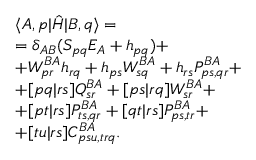
\begin{array} { r l } & { \langle A , p | \hat { H } | B , q \rangle = } \\ & { = \delta _ { A B } ( S _ { p q } E _ { A } + h _ { p q } ) + } \\ & { + W _ { p r } ^ { B A } h _ { r q } + h _ { p s } W _ { s q } ^ { B A } + h _ { r s } P _ { p s , q r } ^ { B A } + } \\ & { + [ p q | r s ] Q _ { s r } ^ { B A } + [ p s | r q ] W _ { s r } ^ { B A } + } \\ & { + [ p t | r s ] P _ { t s , q r } ^ { B A } + [ q t | r s ] P _ { p s , t r } ^ { B A } + } \\ & { + [ t u | r s ] C _ { p s u , t r q } ^ { B A } . } \end{array}